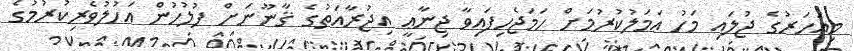
މިއަހަރުގެ ޖުލައި މަހު ޢަމަލުކުރުމަށް ހަމަޖެހިފައިވާ ޖިނާޢީ އިޖުރާއަތުގެ ޤާނޫނަށް ފުލުހުން އަހުލުވެރިކުރުމުގެ